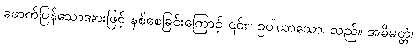
ဖောက်ပြန်သောအားဖြင့် နစ်စေခြင်းကြောင့် ၎င်း။ ဥပါယာသော၊ သည်။ အဓိမတ္တံ၊